Studies on the mouth parts a Comparative anatomy of the proboscis in the blood-sucking muscidae - Number 60
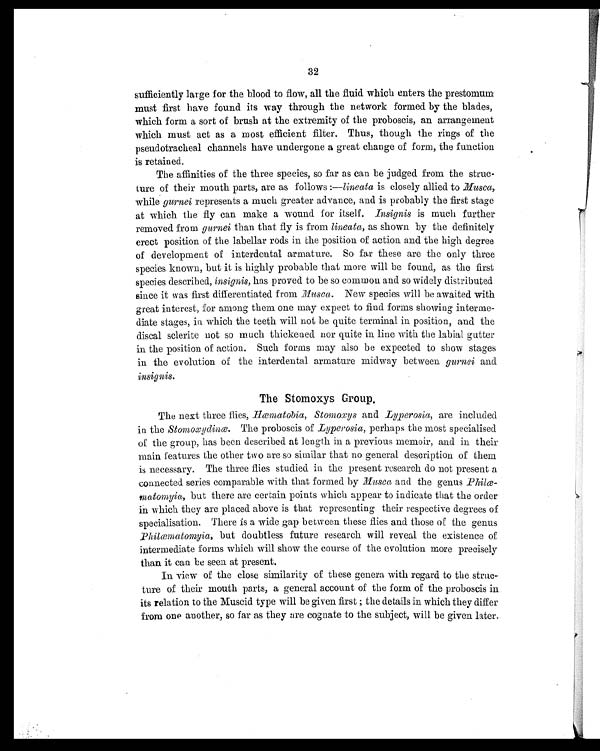
32
sufficiently large for the blood to flow, all the fluid which enters the prestomum
must first have found its way through the network formed by the blades,
which form a sort of brush at the extremity of the proboscis, an arrangement
which must act as a most efficient filter. Thus, though the rings of the
pseudotracheal channels have undergone a great change of form, the function
is retained.
The affinities of the three species, so far as can be judged from the struc-
ture of their mouth parts, are as follows :—lineata is closely allied to Musca,
while gurnei represents a much greater advance, and is probably the first stage
at which the fly can make a wound for itself. Insignis is much further
removed from gurnei than that fly is from lineata , as shown by the definitely
erect position of the labellar rods in the position of action and the high degree
of development of interdental armature. So far these are the only three
species known, but it is highly probable that more will be found, as the first
species described, insignis, has proved to be so common and so widely distributed
since it was first differentiated from Musca . New species will be awaited with
great interest, for among them one may expect to find forms showing interme-
diate stages, in which the teeth will not be quite terminal in position, and the
discal sclerite not so much thickened nor quite in line with the labial gutter
in the position of action. Such forms may also be expected to show stages
in the evolution of the interdental armature midway between gurnei and
i nsignis.
The Stornoxys Group.
The next three flies, Hæmatobia , Stomoxys and Lyperosia, are included
in the Stomoxydinœ. The proboscis of Lyperosia , perhaps the most specialised
of the group, has been described at length in a previous memoir, and in their
main features the other two are so similar that no general description of them
is necessary. The three flies studied in the present research do not present a
connected series comparable with that formed by Musca and the genus Philœ-
matomyia, but there are certain points which appear to indicate that the order
in which they are placed above is that representing their respective degrees of
specialisation. There is a wide gap between these flies and those of the genus
Philœmatomyia, but doubtless future research will reveal the existence of
intermediate forms which will show the course of the evolution more precisely
than it can be seen at present.
In view of the close similarity of these genera with regard to the struc-
ture of their mouth parts, a general account of the form of the proboscis in
its relation to the Muscid type will be given first; the details in which they differ
from one another, so far as they are cognate to the subject, will be given later.